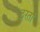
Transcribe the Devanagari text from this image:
ठरतां